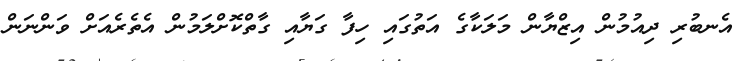
އެނބުރި ދިއުމުން އިޒްޔާން މަލަކާގެ އަތުގައި ހިފާ ގަޔާއި ގާތްކޮށްލަމުން އެތެރެއަށް ވަންނަން